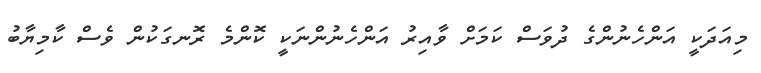
މިއަދަކީ އަންހެނުންގެ ދުވަސް ކަމަށް ވާއިރު އަންހެނުންނަކީ ކޮންމެ ރޮނގަކުން ވެސް ކާމިޔާބު